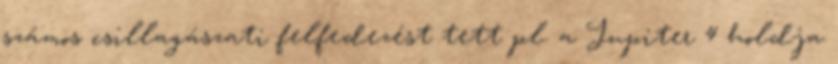
számos csillagászati felfedezést tett pl. a Jupiter 4 holdja